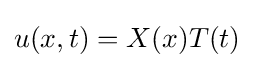
u(x,t)=X(x)T(t)